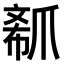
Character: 𤔟